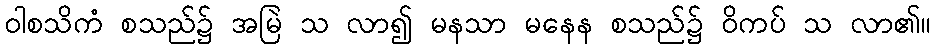
ဝါစသိကံ စသည်၌ အမြဲ သ လာ၍ မနသာ မနေန စသည်၌ ဝိကပ် သ လာ၏။